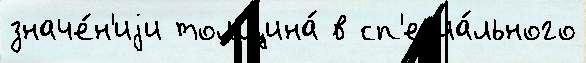
значе́н'иjи толщина́ в сп'ециа́льного